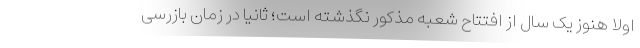
اولا هنوز یک سال از افتتاح شعبه مذکور نگذشته است؛ ثانیا در زمان بازرسی